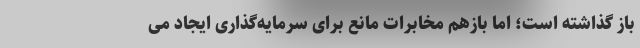
باز گذاشته است؛ اما بازهم مخابرات مانع برای سرمایه‌گذاری ایجاد می